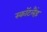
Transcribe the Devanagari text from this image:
स्कॉटलैंड़